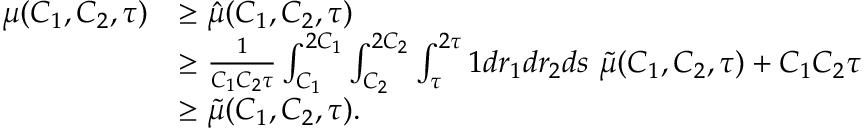
\begin{array} { r l } { \mu ( C _ { 1 } , C _ { 2 } , \tau ) } & { \geq \hat { \mu } ( C _ { 1 } , C _ { 2 } , \tau ) } \\ & { \geq \frac { 1 } { C _ { 1 } C _ { 2 } \tau } \int _ { C _ { 1 } } ^ { 2 C _ { 1 } } \int _ { C _ { 2 } } ^ { 2 C _ { 2 } } \int _ { \tau } ^ { 2 \tau } 1 d r _ { 1 } d r _ { 2 } d s \ \tilde { \mu } ( C _ { 1 } , C _ { 2 } , \tau ) + C _ { 1 } C _ { 2 } \tau } \\ & { \geq \tilde { \mu } ( C _ { 1 } , C _ { 2 } , \tau ) . } \end{array}